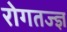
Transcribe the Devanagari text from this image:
रोगतज्ज्ञ